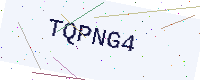
Text: TQPNG4